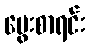
မွေးစာရင်း